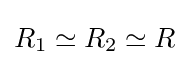
R_{1}\simeq R_{2}\simeq R